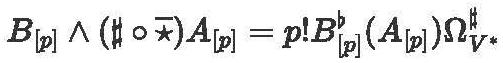
$B_{[p]}\land(\sharp\circ\overline{\star})A_{[p]}=p!B_{[p]}^{b}(A_{[p]})\Omega_{V^{\star}}^{\sharp}$